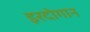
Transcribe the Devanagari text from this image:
इरदोगान